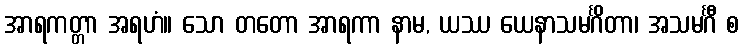
အာရကတ္တာ အရဟံ။ သော တတော အာရကာ နာမ, ယဿ ယေနာသမင်္ဂိတာ၊ အသမင်္ဂီ စ